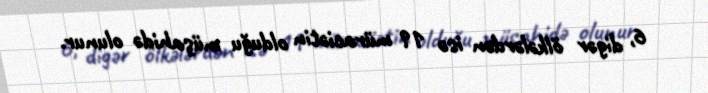
6, digər ölkələrdən isə 19 müraciətin olduğu müşahidə olunur.